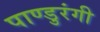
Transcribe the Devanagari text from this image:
पाण्डुरंगी